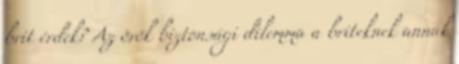
brit érdek? Az örök biztonsági dilemma a briteknek an­nak